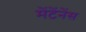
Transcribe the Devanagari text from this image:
मेंटेंनेंस